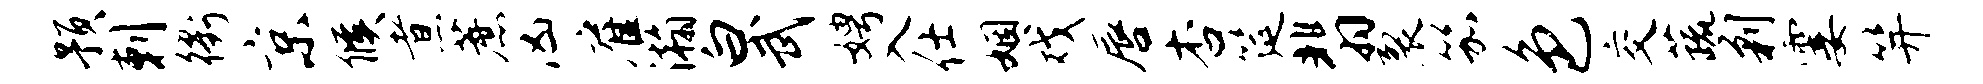
预剌衢京候煮蔗凶雇瀚白武娉入仕姻戏唇杏筵翡裂笳色交蔬剿霎笄